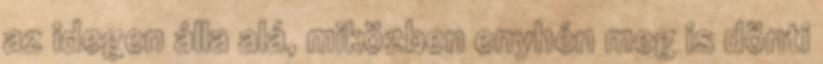
az idegen álla alá, miközben enyhén meg is dönti